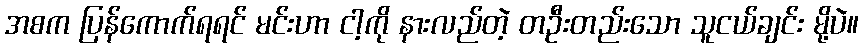
အစက ပြန်ကောက်ရရင် မင်းဟာ ငါ့ကို နားလည်တဲ့ တဦးတည်းသော သူငယ်ချင်း မို့ပဲ။